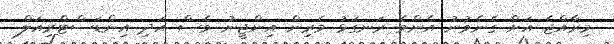
މިރާއްޖެ އަށް ގެނެވުނު އެންމެ ރަނގަޅު މެރިން އިންޖީނު ވެސް އަދި އިންޑަސްޓްރިއަލް